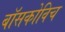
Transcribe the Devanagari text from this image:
बॉसकोविच